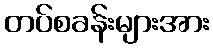
တပ်စခန်းများအား